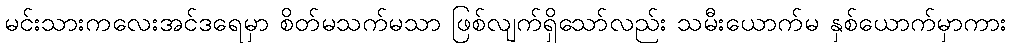
မင်းသားကလေးအင်ဒရေမှာ စိတ်မသက်မသာ ဖြစ်လျက်ရှိသော်လည်း သမီးယောက်မ နှစ်ယောက်မှာကား